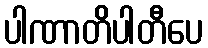
ပါဏာတိပါတီပေ